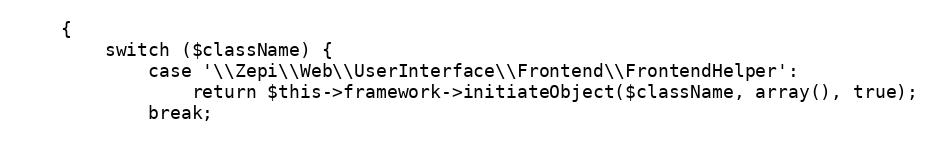
Language: PHP
    {
        switch ($className) {
            case '\\Zepi\\Web\\UserInterface\\Frontend\\FrontendHelper':
                return $this->framework->initiateObject($className, array(), true);
            break;